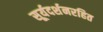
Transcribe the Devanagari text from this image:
सूर्यदर्शनरहित